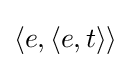
\langle e,\langle e,t\rangle \rangle